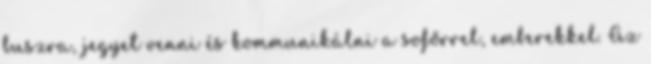
buszra, jegyet venni és kommunikálni a sofőrrel, emberekkel. Az